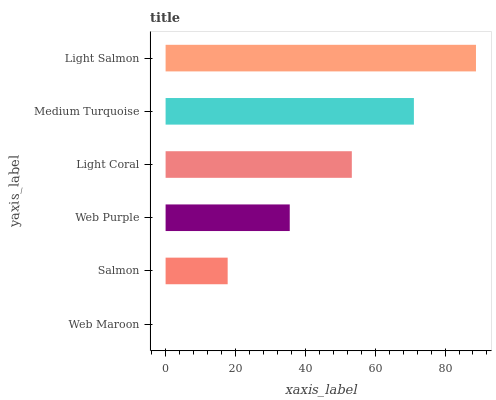
| yaxis_label | bars |
 | --- | --- |
 | Web Maroon | 0 |
 | Salmon | 17.8 |
 | Web Purple | 35.5 |
 | Light Coral | 53.3 |
 | Medium Turquoise | 71.1 |
 | Light Salmon | 88.9 |